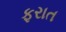
ફરાત